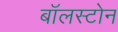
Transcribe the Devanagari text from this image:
बॉलस्टोन